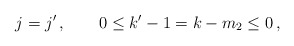
\begin{align*} j=j'\,, \qquad 0 \leq k'-1 = k-m_2 \leq 0 \, ,\end{align*}